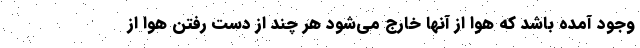
وجود آمده باشد که هوا از آنها خارج می‌شود هر چند از دست رفتن هوا از